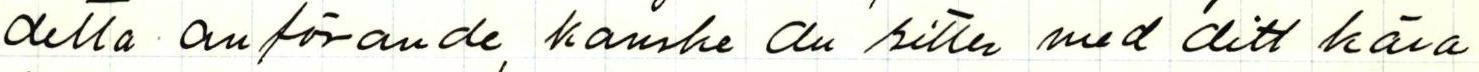
detta anförande, kanske du sitter med ditt kära